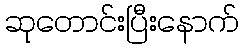
ဆုတောင်းပြီးနောက်